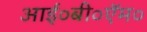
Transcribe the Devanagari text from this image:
आई०बी०ऍम०